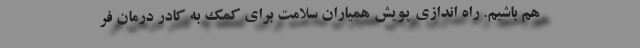
هم باشیم. راه اندازی پویش همیاران سلامت برای کمک به کادر درمان فر